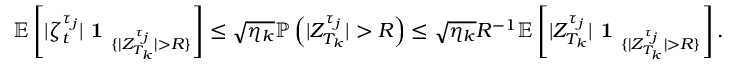
\mathbb { E } \left[ | \zeta _ { t } ^ { \tau _ { j } } | \textbf { 1 } _ { \{ | Z _ { T _ { k } } ^ { \tau _ { j } } | > R \} } \right] \leq \sqrt { \eta _ { k } } \mathbb { P } \left( | Z _ { T _ { k } } ^ { \tau _ { j } } | > R \right) \le \sqrt { \eta _ { k } } R ^ { - 1 } \mathbb { E } \left[ | Z _ { T _ { k } } ^ { \tau _ { j } } | \textbf { 1 } _ { \{ | Z _ { T _ { k } } ^ { \tau _ { j } } | > R \} } \right] .